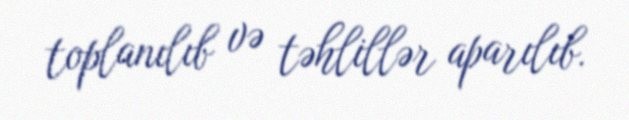
toplanılıb və təhlillər aparılıb.